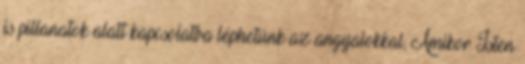
is pillanatok alatt kapcsolatba léphetünk az angyalokkal, Amikor Isten